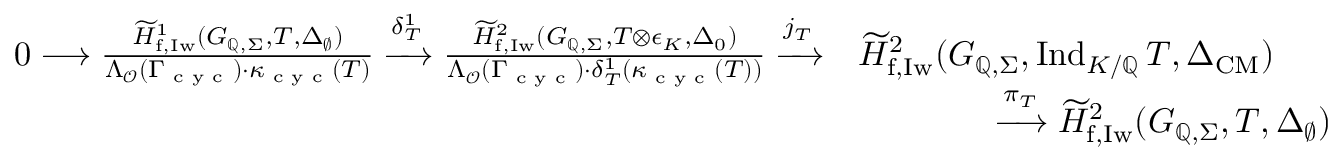
\begin{array} { r } { \begin{array} { r l } { 0 \longrightarrow \frac { \widetilde { H } _ { \mathrm { f , I w } } ^ { 1 } ( G _ { \mathbb { Q } , \Sigma } , T , \Delta _ { \emptyset } ) } { \Lambda _ { \mathcal { O } } ( \Gamma _ { \textup { c y c } } ) \cdot \kappa _ { \textup { c y c } } ( T ) } \xrightarrow { \delta _ { T } ^ { 1 } } \frac { \widetilde { H } _ { \mathrm { f , I w } } ^ { 2 } ( G _ { \mathbb { Q } , \Sigma } , T \otimes \epsilon _ { K } , \Delta _ { 0 } ) } { \Lambda _ { \mathcal { O } } ( \Gamma _ { \textup { c y c } } ) \cdot \delta _ { T } ^ { 1 } ( \kappa _ { \textup { c y c } } ( T ) ) } \xrightarrow { j _ { T } } } & { \widetilde { H } _ { \mathrm { f , I w } } ^ { 2 } ( G _ { \mathbb { Q } , \Sigma } , \mathrm { I n d } _ { K / \mathbb { Q } } \, T , \Delta _ { \mathrm { C M } } ) } \\ & { \qquad \qquad \xrightarrow { \pi _ { T } } \widetilde { H } _ { \mathrm { f , I w } } ^ { 2 } ( G _ { \mathbb { Q } , \Sigma } , T , \Delta _ { \emptyset } ) } \end{array} } \end{array}